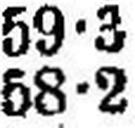
58•2